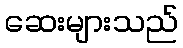
ဆေးများသည်